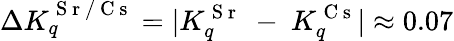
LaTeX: \Delta K_{q}^{\mathrm{~S~r~/~C~s~}}=|K_{q}^{\mathrm{~S~r~}}~-~K_{q}^{\mathrm{~C~s~}}|\approx 0.07